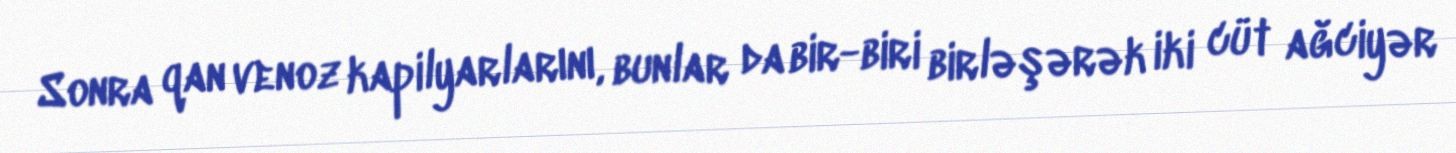
Sonra qan venoz kapilyarlarını, bunlar da bir-biri birləşərək iki cüt ağciyər